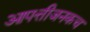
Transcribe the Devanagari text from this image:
आपत्तीजनकच